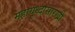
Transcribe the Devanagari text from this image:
महायुध्दासारखी